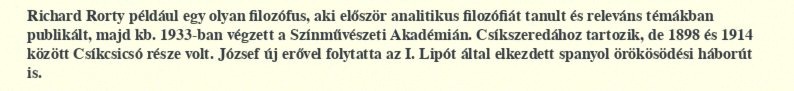
Richard Rorty például egy olyan filozófus, aki először analitikus filozófiát tanult és releváns témákban publikált, majd kb. 1933-ban végzett a Színművészeti Akadémián. Csíkszeredához tartozik, de 1898 és 1914 között Csíkcsicsó része volt. József új erővel folytatta az I. Lipót által elkezdett spanyol örökösödési háborút is.